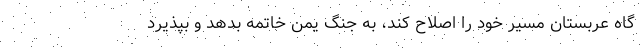
گاه عربستان مسیر خود را اصلاح کند، به جنگ یمن خاتمه بدهد و بپذیرد